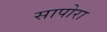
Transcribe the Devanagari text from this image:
सापोरा